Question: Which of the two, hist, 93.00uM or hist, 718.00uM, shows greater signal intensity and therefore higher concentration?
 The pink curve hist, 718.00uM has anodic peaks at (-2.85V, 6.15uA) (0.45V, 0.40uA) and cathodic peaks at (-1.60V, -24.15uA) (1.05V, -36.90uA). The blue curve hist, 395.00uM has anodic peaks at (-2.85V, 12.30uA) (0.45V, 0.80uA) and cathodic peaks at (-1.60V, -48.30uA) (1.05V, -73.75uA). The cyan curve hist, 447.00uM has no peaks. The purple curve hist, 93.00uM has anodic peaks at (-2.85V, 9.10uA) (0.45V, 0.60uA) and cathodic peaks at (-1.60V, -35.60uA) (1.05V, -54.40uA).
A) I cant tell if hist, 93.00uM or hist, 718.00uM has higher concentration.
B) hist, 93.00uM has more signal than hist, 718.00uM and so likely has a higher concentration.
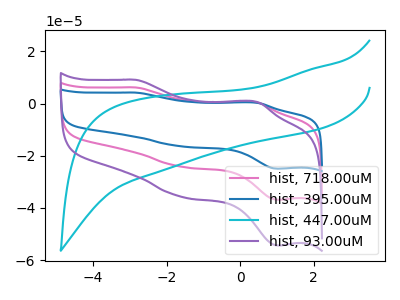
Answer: <think>All the peaks in "hist, 93.00uM" have a peak in "hist, 718.00uM" at the same potential. Every peak in "hist, 93.00uM" is higher than every peak in "hist, 718.00uM".
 </think>
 <answer>B) "hist, 93.00uM" has more signal than "hist, 718.00uM" and so likely has a higher concentration.</answer>
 <eval>B</eval>